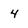
Character: 4